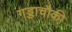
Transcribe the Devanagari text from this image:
गड्डाचौकी